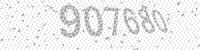
Solution: 907680